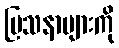
ပြသနာများကို